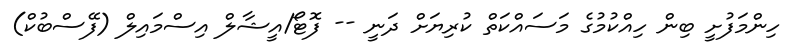
ހިންމަފުށީ ބިން ހިއްކުމުގެ މަސައްކަތް ކުރިޔަށް ދަނީ -- ފޮޓޯ/އީޝާލް އިސްމައިލް (ފޭސްބުކް)